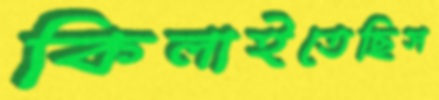
কিলাইতেছিস